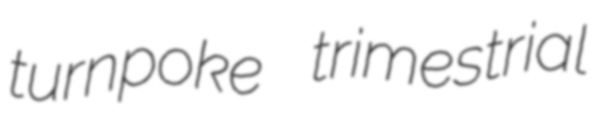
turnpoke trimestrial